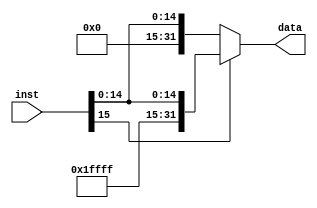
`timescale 1ns / 1ps
//////////////////////////////////////////////////////////////////////////////////
// Company: 
// Engineer: 
// 
// Design Name: 
// Module Name: signext
// Project Name: 
// Target Devices: 
// Tool Versions: 
// Description: 
// 
// Dependencies: 
// 
// Revision:
// Revision 0.01 - File Created
// Additional Comments:
// 
//////////////////////////////////////////////////////////////////////////////////


module signext(
    input [15:0] inst,
    output [31:0] data
    );
    assign data = (inst[15])?{16'hffff,inst}:{16'h0000,inst};
    
endmodule